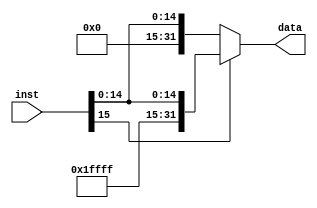
`timescale 1ns / 1ps
//////////////////////////////////////////////////////////////////////////////////
// Company: 
// Engineer: 
// 
// Design Name: 
// Module Name: signext
// Project Name: 
// Target Devices: 
// Tool Versions: 
// Description: 
// 
// Dependencies: 
// 
// Revision:
// Revision 0.01 - File Created
// Additional Comments:
// 
//////////////////////////////////////////////////////////////////////////////////


module signext(
    input [15:0] inst,
    output [31:0] data
    );
    assign data = (inst[15])?{16'hffff,inst}:{16'h0000,inst};
    
endmodule